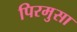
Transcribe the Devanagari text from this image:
पिरमुसा